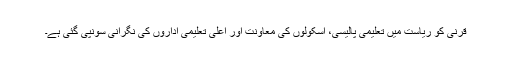
قرنی کو ریاست میں تعلیمی پالیسی، اسکولوں کی معاونت اور اعلیٰ تعلیمی اداروں کی نگرانی سونپی گئی ہے۔